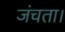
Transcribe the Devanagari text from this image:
जंचता।